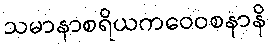
သမာနာစရိယကဝေဝစနာနိ